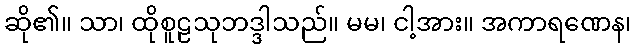
ဆို၏။ သာ၊ ထိုစူဠသုဘဒ္ဒါသည်။ မမ၊ ငါ့အား။ အကာရဏေန၊